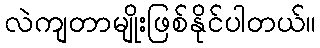
လဲကျတာမျိုးဖြစ်နိုင်ပါတယ်။